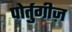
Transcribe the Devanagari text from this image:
पोर्तुगीज़